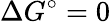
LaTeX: \Delta G^{\circ}=0